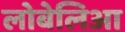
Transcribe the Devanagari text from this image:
लोबेलिआ